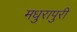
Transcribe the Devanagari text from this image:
मधुरापुरी